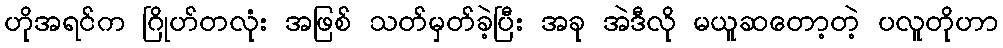
ဟိုအရင်က ဂြိုဟ်တလုံး အဖြစ် သတ်မှတ်ခဲ့ပြီး အခု အဲဒီလို မယူဆတော့တဲ့ ပလူတိုဟာ